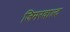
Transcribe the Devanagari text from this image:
जिमरवाल्द